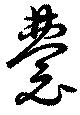
嚢